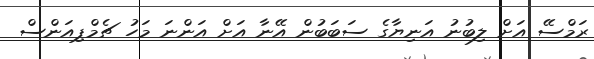
ރަމްސޭ އަށް ލިބުނު އަނިޔާގެ ސަބަބުން އޭނާ އަށް އަންނަ މަހު ޗެމްޕިއަންސް